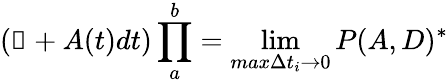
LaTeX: (\mathbb{1}+A(t)dt)\prod_{a}^{b}=\operatorname*{lim}_{max\Delta t_{i}\to 0}P(A,D)^{*}